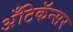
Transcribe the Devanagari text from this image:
अँटिकॅन्सर